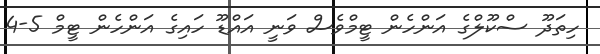
ހިތަދޫ ސްކޫލްގެ އަންހެން ޓީމްވެސް ވަނީ އައްޑޫ ހައިގެ އަންހެން ޓީމް 5-4